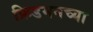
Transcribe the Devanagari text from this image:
फ्रिडमनच्या